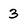
Character: 3